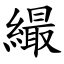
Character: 繓